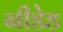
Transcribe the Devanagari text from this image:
नीडेड